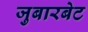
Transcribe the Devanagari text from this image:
जुबारबेट